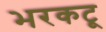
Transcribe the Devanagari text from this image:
भरकटू